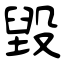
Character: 毀